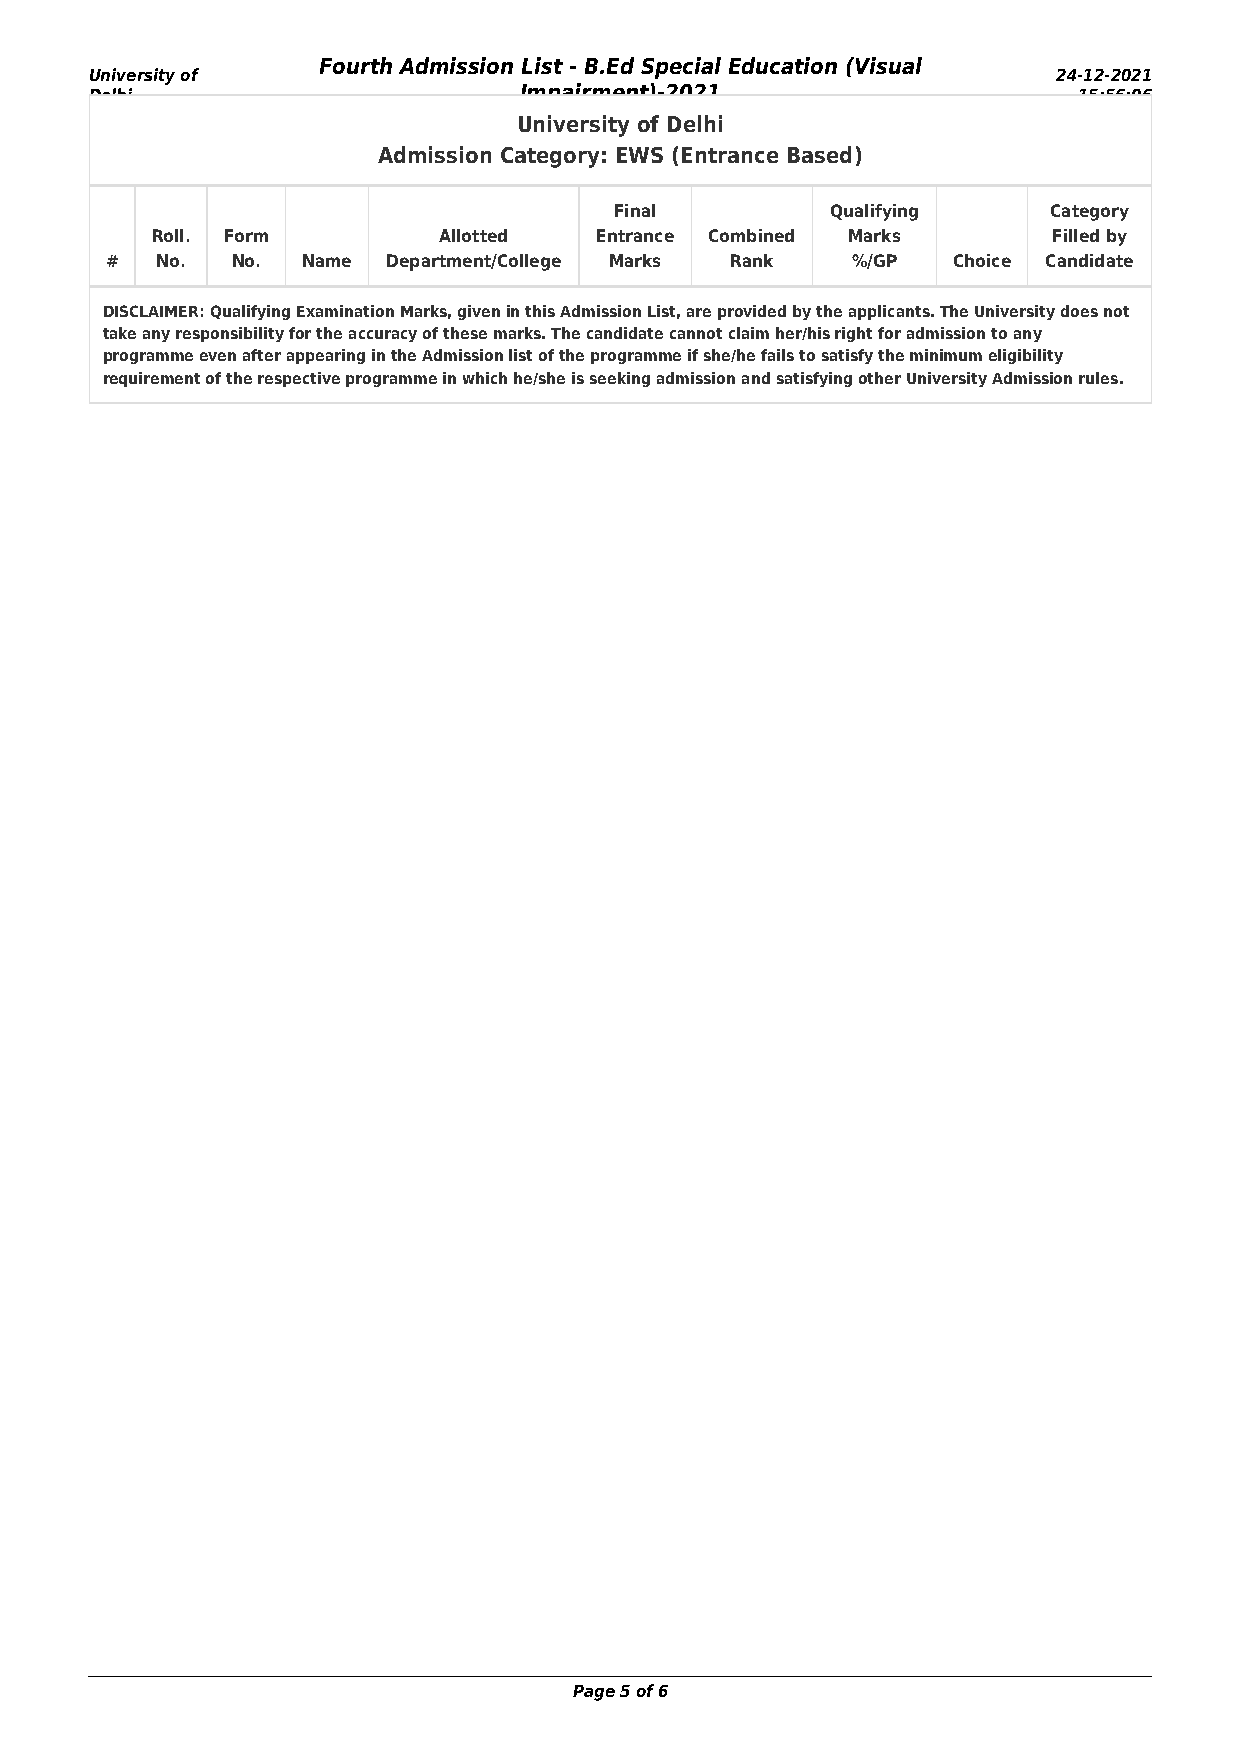
Fourth Admission List - B.Ed Special Education (Visual
 University of                                                   24-12-2021
 Delhi                       Impairment)-2021                     15:56:06
 University of Delhi
 Admission Category: EWS (Entrance Based)
 Final         Qualifying    Category
 Roll. Form         Allotted  Entrance Combined Marks        Filled by
 #  No.  No.  Name  Department/College Marks Rank %/GP   Choice Candidate
 DISCLAIMER: Qualifying Examination Marks, given in this Admission List, are provided by the applicants. The University does not
 take any responsibility for the accuracy of these marks. The candidate cannot claim her/his right for admission to any
 programme even after appearing in the Admission list of the programme if she/he fails to satisfy the minimum eligibility
 requirement of the respective programme in which he/she is seeking admission and satisfying other University Admission rules.
 Page 5 of 6